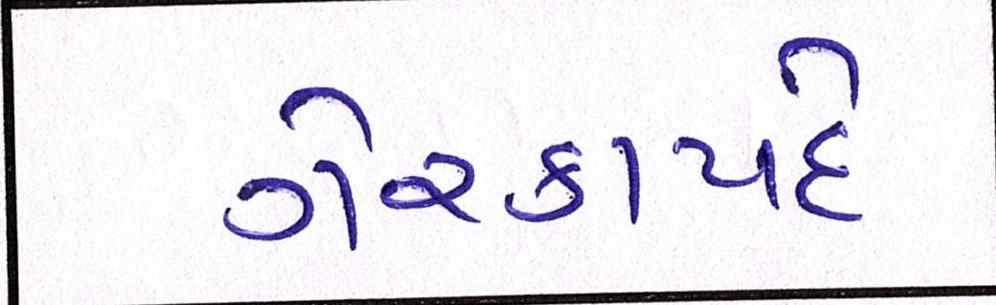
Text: ગેરકાયદે